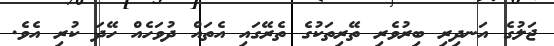
ޖަލުގެ އަނދިރި ބިރުވެރި ތޭރިތަކުގެ ތެރޭގައި އެތައް ދުވަހެއް ހޭދަ ކުރި އެވެ.